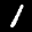
Label: 1